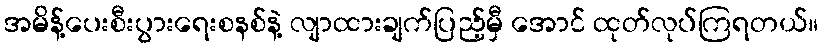
အမိန့်ပေးစီးပွားရေးစနစ်နဲ့ လျာထားချက်ပြည့်မှီ အောင် ထုတ်လုပ်ကြရတယ်။